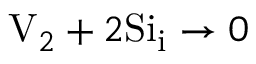
\mathrm { V } _ { 2 } + 2 \mathrm { S i } _ { \mathrm { i } } \to 0